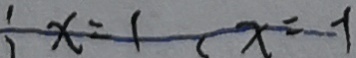
x = 1 x = - 1